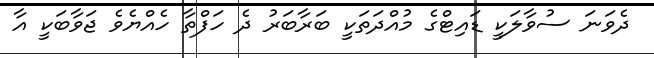
ދެވަނަ ސުވާލަކީ ޑައިޓްގެ މުއްދަތަކީ ބަރާބަރު ދެ ހަފްތާ ހެއްޔެވެ ޖަވާބަކީ އާ